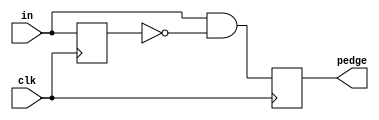
module top_module (
    input clk,
    input [7:0] in,
    output reg [7:0] pedge
);

    reg [7:0] in_delayed;

    always @(posedge clk) begin
        in_delayed <= in;
        pedge <= in & ~in_delayed;
    end

endmodule